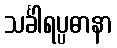
သင်္ခါရပ္ပဓာနာ